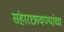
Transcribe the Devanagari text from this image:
संहारछावण्यांचा